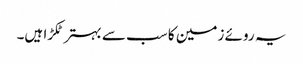
یہ روئے زمین کا سب سے بہتر ٹکڑا ہیں۔